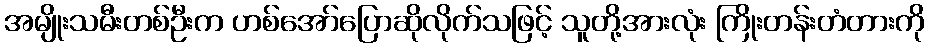
အမျိုးသမီးတစ်ဦးက ဟစ်အော်ပြောဆိုလိုက်သဖြင့် သူတို့အားလုံး ကြိုးတန်းတံတားကို